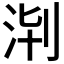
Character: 𣴈